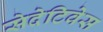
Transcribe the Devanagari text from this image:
सेदेटिवेस